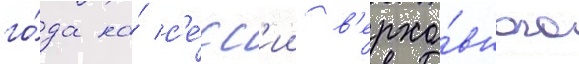
го́да на́ с'е́сс'ии в'ерхо́вного